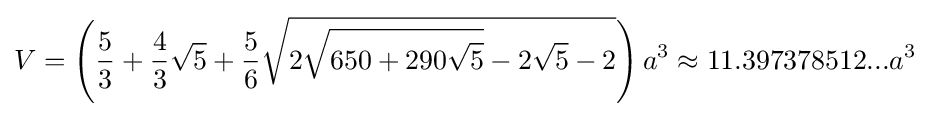
V=\left({\frac {5}{3}}+{\frac {4}{3}}{\sqrt {5}}+{\frac {5}{6}}{\sqrt {2{\sqrt {650+290{\sqrt {5}}}}-2{\sqrt {5}}-2}}\right)a^{3}\approx 11.397378512...a^{3}